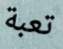
تعبة